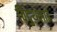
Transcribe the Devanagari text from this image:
विदुथलाई